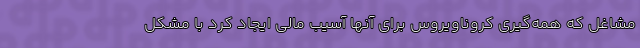
مشاغل که همه‌گیرى کروناویروس برای آنها آسیب مالى ایجاد کرد با مشکل